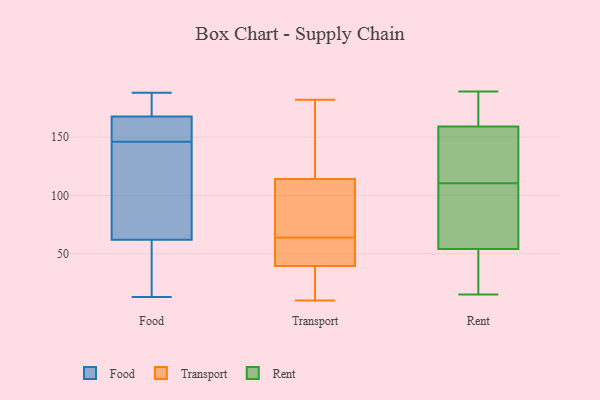
{"axis": {"x": "Active Users", "y": "Value"}, "legend": ["Food", "Rent", "Transport"], "data": [{"x": "", "y": 172, "type": "Food"}, {"x": "", "y": 57, "type": "Food"}, {"x": "", "y": 159, "type": "Food"}, {"x": "", "y": 170, "type": "Food"}, {"x": "", "y": 155, "type": "Food"}, {"x": "", "y": 188, "type": "Food"}, {"x": "", "y": 136, "type": "Food"}, {"x": "", "y": 157, "type": "Food"}, {"x": "", "y": 188, "type": "Food"}, {"x": "", "y": 37, "type": "Food"}, {"x": "", "y": 30, "type": "Food"}, {"x": "", "y": 44, "type": "Food"}, {"x": "", "y": 119, "type": "Food"}, {"x": "", "y": 161, "type": "Food"}, {"x": "", "y": 186, "type": "Food"}, {"x": "", "y": 77, "type": "Food"}, {"x": "", "y": 13, "type": "Food"}, {"x": "", "y": 109, "type": "Food"}, {"x": "", "y": 146, "type": "Food"}, {"x": "", "y": 40, "type": "Transport"}, {"x": "", "y": 50, "type": "Transport"}, {"x": "", "y": 47, "type": "Transport"}, {"x": "", "y": 86, "type": "Transport"}, {"x": "", "y": 149, "type": "Transport"}, {"x": "", "y": 38, "type": "Transport"}, {"x": "", "y": 64, "type": "Transport"}, {"x": "", "y": 52, "type": "Transport"}, {"x": "", "y": 13, "type": "Transport"}, {"x": "", "y": 93, "type": "Transport"}, {"x": "", "y": 110, "type": "Transport"}, {"x": "", "y": 65, "type": "Transport"}, {"x": "", "y": 142, "type": "Transport"}, {"x": "", "y": 126, "type": "Transport"}, {"x": "", "y": 182, "type": "Transport"}, {"x": "", "y": 10, "type": "Transport"}, {"x": "", "y": 10, "type": "Transport"}, {"x": "", "y": 130, "type": "Rent"}, {"x": "", "y": 109, "type": "Rent"}, {"x": "", "y": 109, "type": "Rent"}, {"x": "", "y": 156, "type": "Rent"}, {"x": "", "y": 54, "type": "Rent"}, {"x": "", "y": 15, "type": "Rent"}, {"x": "", "y": 50, "type": "Rent"}, {"x": "", "y": 112, "type": "Rent"}, {"x": "", "y": 32, "type": "Rent"}, {"x": "", "y": 166, "type": "Rent"}, {"x": "", "y": 107, "type": "Rent"}, {"x": "", "y": 189, "type": "Rent"}, {"x": "", "y": 54, "type": "Rent"}, {"x": "", "y": 168, "type": "Rent"}, {"x": "", "y": 89, "type": "Rent"}, {"x": "", "y": 119, "type": "Rent"}, {"x": "", "y": 134, "type": "Rent"}, {"x": "", "y": 162, "type": "Rent"}, {"x": "", "y": 172, "type": "Rent"}, {"x": "", "y": 15, "type": "Rent"}]}